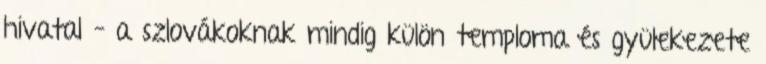
hivatal – a szlovákoknak mindig külön temploma és gyülekezete